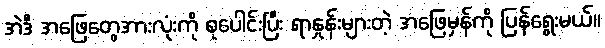
အဲဒီ အဖြေတွေအားလုံးကို စုပေါင်းပြီး ရာနှုန်းများတဲ့ အဖြေမှန်ကို ပြန်ရွေးမယ်။